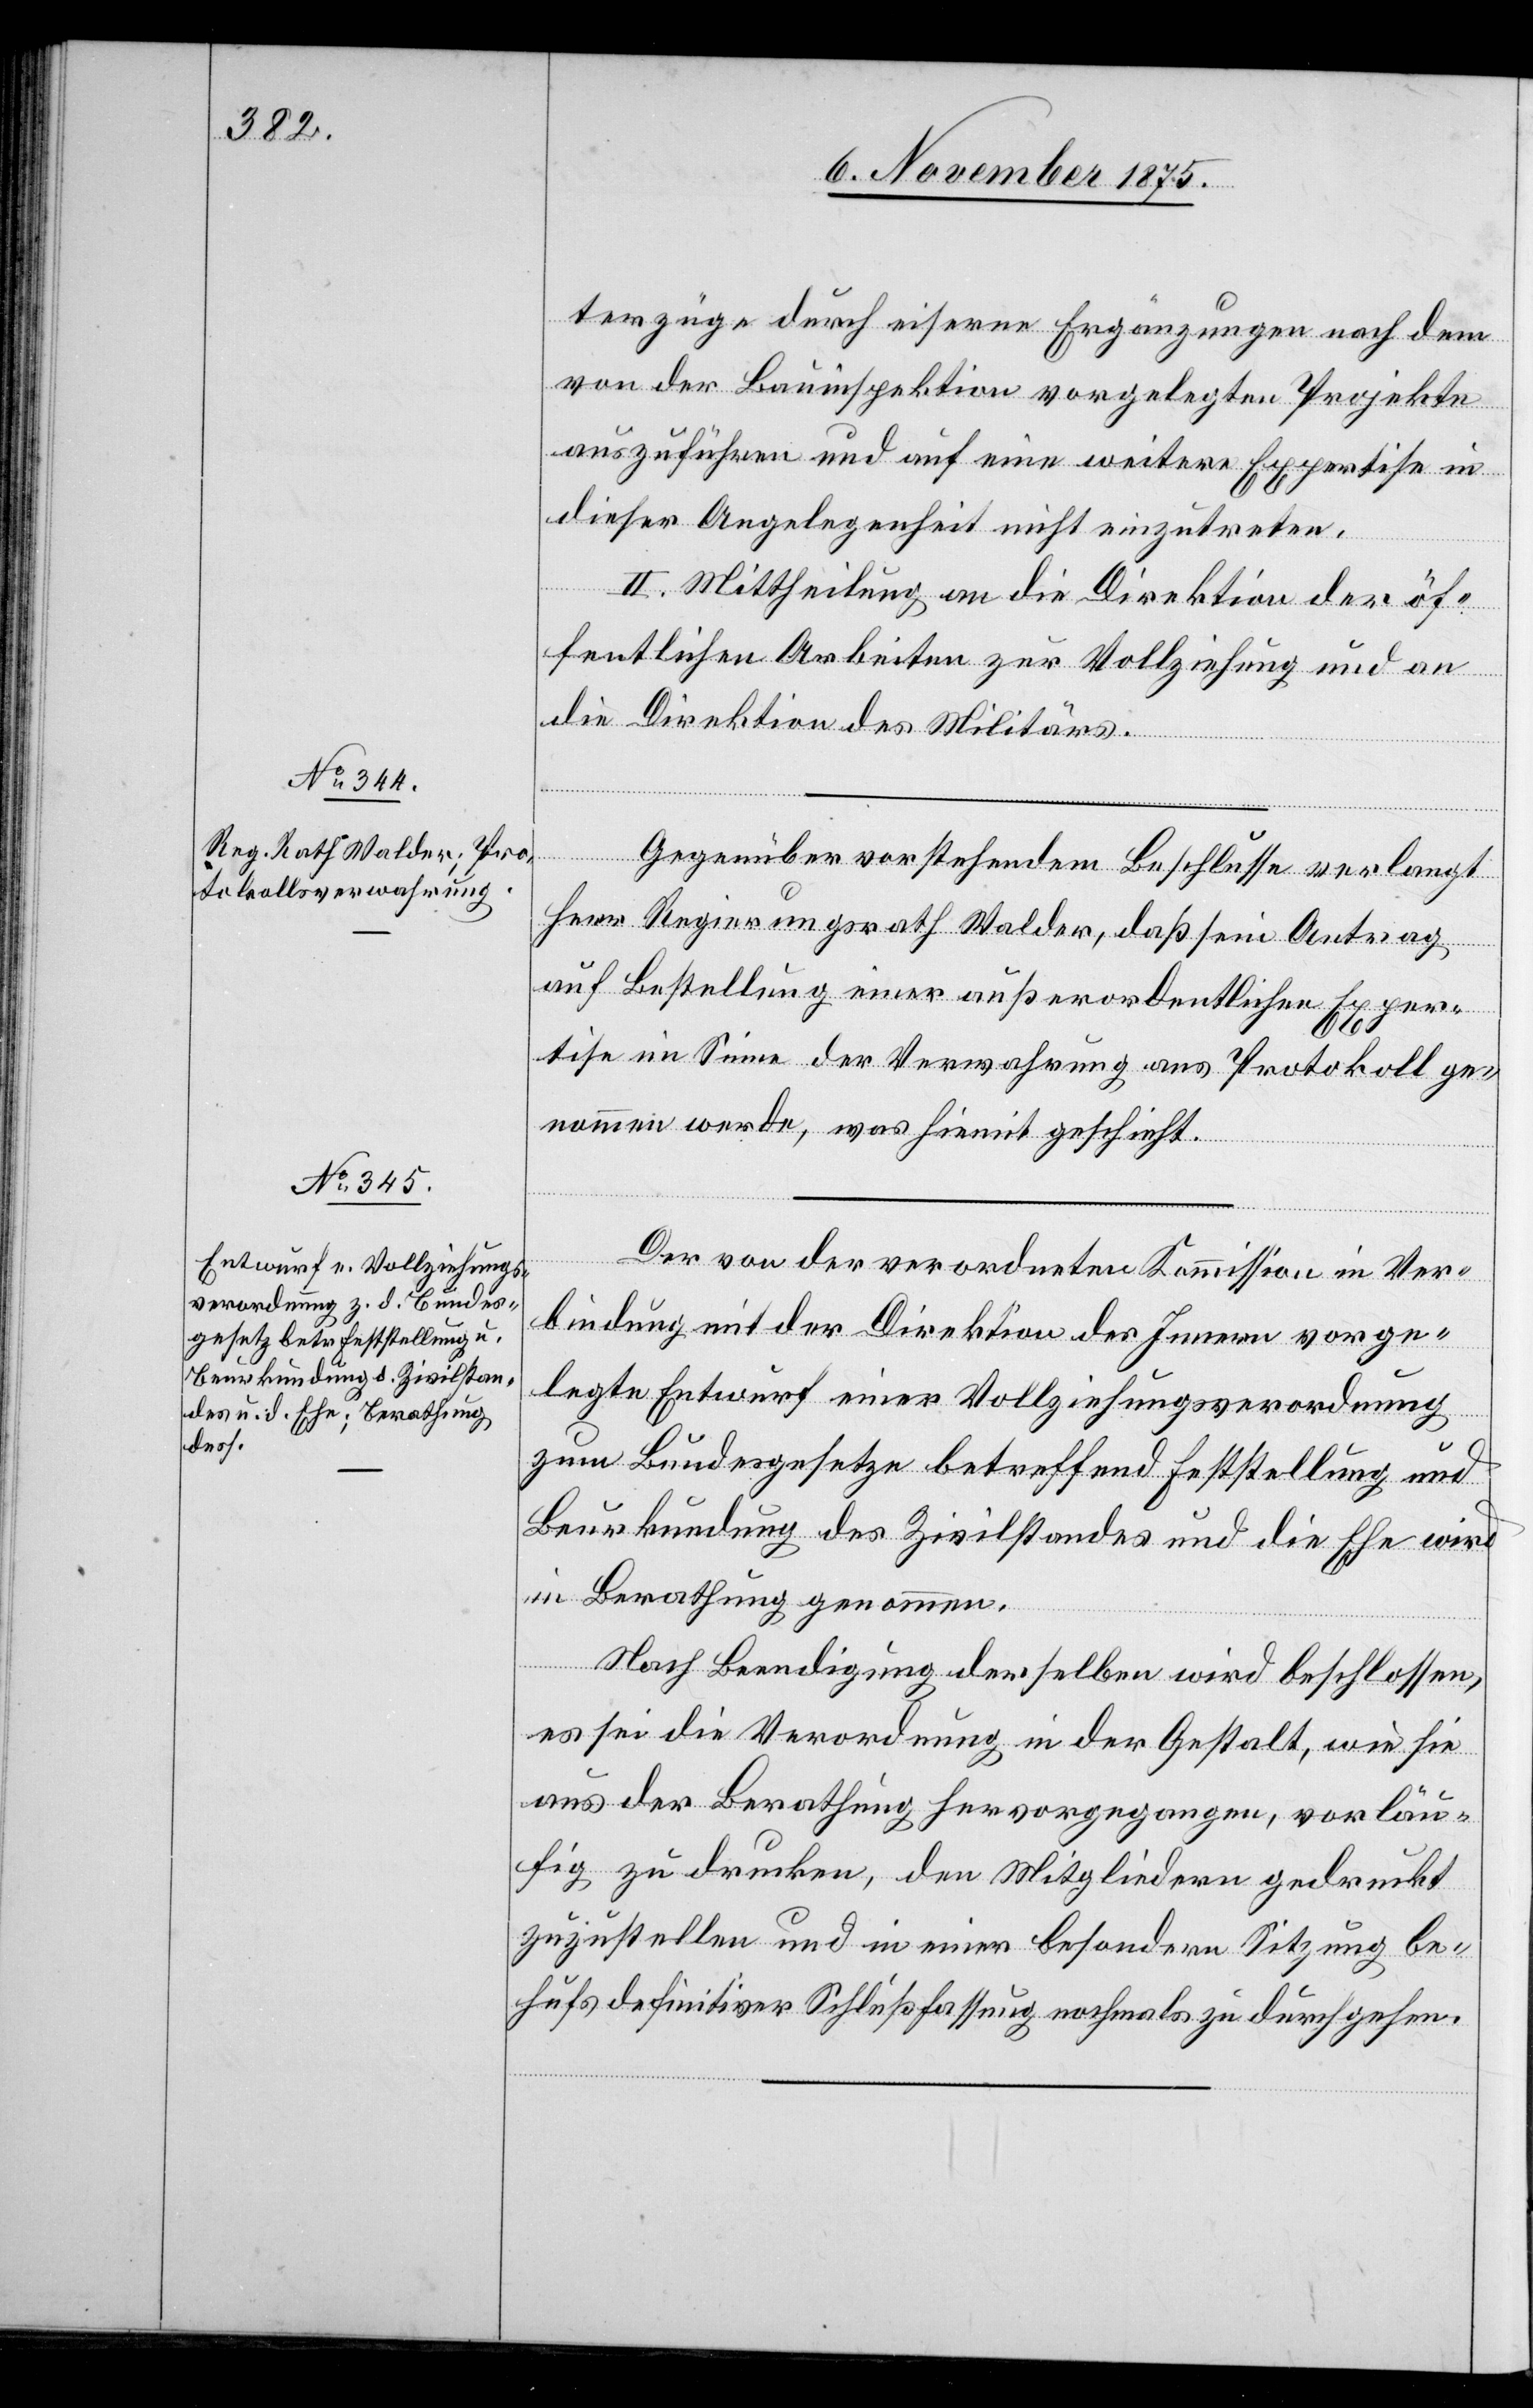
terzüge durch eiserne Ergänzungen nach dem
von der Bauinspektion vorgelegten Projekte
auszuführen und auf eine weitere Expertise in
dieser Angelegenheit nicht einzutreten.
II. Mittheilung an die Direktion der öf¬
fentlichen Arbeiten zur Vollziehung und an
die Direktion des Militärs.
Gegenüber vorstehendem Beschlusse verlangt
Herr Regierungsrath Walder, daß sein Antrag
auf Bestellung einer außerordentlichen Exper¬
tise im Sinne der Verwahrung aus Protokoll ge¬
nommen werde, was hiemit geschieht.
Der von der verordneten Kommission in Ver¬
bindung mit der Direktion des Innern vorge¬
legte Entwurf einer Vollziehungsverordnung
zum Bundesgesetze betreffend Feststellung und
Beurkundung des Zivilstandes und die Ehe wird
in Berathung genommen.
Nach Beendigung derselben wird beschlossen,
es sei die Verordnung in der Gestalt, wie sie
aus der Berathung hervorgegangen, vorläu¬
fig zu drucken, den Mitgliedern gedruckt
zuzustellen und in einer besondern Sitzung be¬
hufs definitiver Schlußfassung nochmals zu durchgehen.